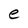
Character: e